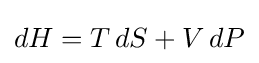
dH=T\,dS+V\,dP